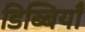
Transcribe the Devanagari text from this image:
डिब्बियाँ